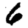
Digit: 6